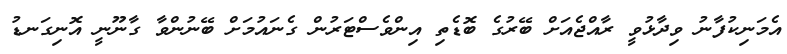
އެމަނިކުފާނު ވިދާޅުވީ ރާއްޖެއަށް ބޭރުގެ ބޮޑެތި އިންވެސްޓަރުން ގެނައުމަށް ބޭނުންވާ ގާނޫނީ އޮނިގަނޑު